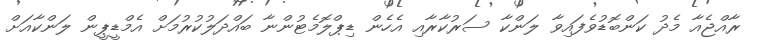
ރާއްޖެއާ މެދު ކަންބޮޑުވެފައިވާ ލަންކާ ސަރުކާރާއި އެހެން ޑިޕްލޮމެޓުންނާ ބައްދަލުކުރުމަށް އެމްޑީޕީން ލަންކާއަށް